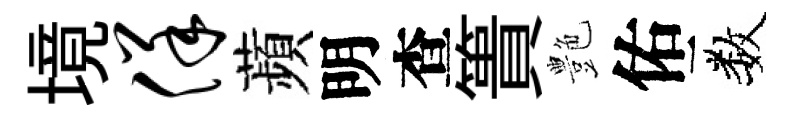
境佯蘋明查簣艶佑数